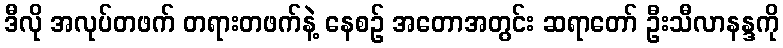
ဒီလို အလုပ်တဖက် တရားတဖက်နဲ့ နေစဉ် အတောအတွင်း ဆရာတော် ဦးသီလာနန္ဒကို